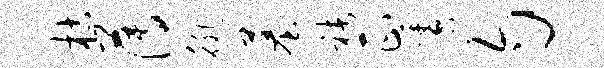
枯薄徘墓褚正咎匀